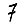
Digit: 7